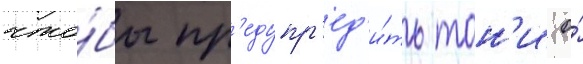
что́бы пр'едупр'ед'и́ть тон'и о́